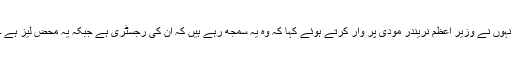
انہوں نے وزیر اعظم نریندر مودی پر وار کرتے ہوئے کہا کہ وہ یہ سمجھ رہے ہیں کہ ان کی رجسٹری ہے جبکہ یہ محض لیز ہے ۔